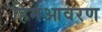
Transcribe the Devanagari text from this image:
हिमआवरण